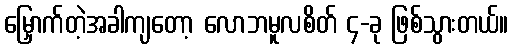
မြှောက်တဲ့အခါကျတော့ လောဘမူလစိတ် ၄-ခု ဖြစ်သွားတယ်။